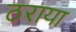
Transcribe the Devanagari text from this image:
ठराया